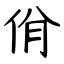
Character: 佾